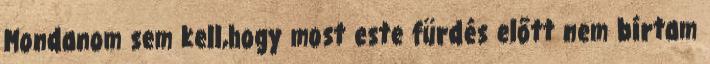
Mondanom sem kell,hogy most este fürdés előtt nem bírtam